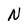
Character: N